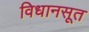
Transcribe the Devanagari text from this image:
विधानसूत